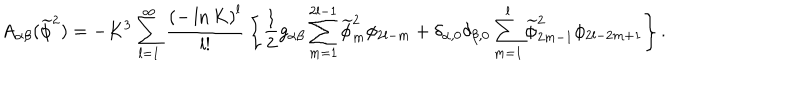
A _ { \alpha \beta } ( \widetilde \phi ^ { 2 } ) = - K ^ { 3 } \sum _ { l = 1 } ^ { \infty } { \frac { { \left( { - \ln K } \right) ^ { l } } } { { l ! } } } \left\{ { \frac { 1 } { 2 } g _ { \alpha \beta } \sum _ { m = 1 } ^ { 2 l - 1 } { \widetilde \phi _ { m } ^ { 2 } } \phi _ { 2 l - m } + \delta _ { \alpha , 0 } \delta _ { \beta , 0 } \sum _ { m = 1 } ^ { l } { \widetilde \phi _ { 2 m - 1 } ^ { 2 } \phi _ { 2 l - 2 m + 1 } } } \right\} .